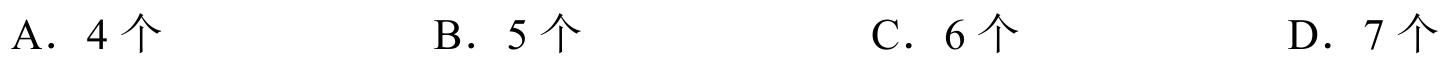
A．\(4\)个  B．\(5\)个  C．\(6\)个  D．\(7\)个